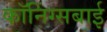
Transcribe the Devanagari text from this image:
कॉनिंग्सबाई